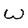
Character: w